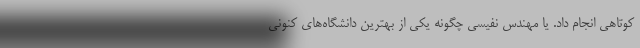
كوتاهي انجام داد. يا مهندس نفيسي چگونه يكي از بهترين دانشگاه‌هاي كنوني